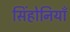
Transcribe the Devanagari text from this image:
सिंहोनियाँ